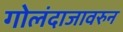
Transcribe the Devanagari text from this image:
गोलंदाजावरुन